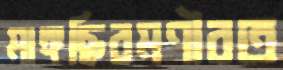
মাঙ্গছিরমণীরত